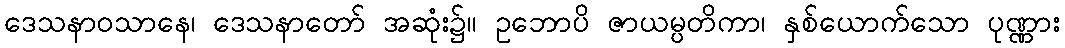
ဒေသနာဝသာနေ၊ ဒေသနာတော် အဆုံး၌။ ဥဘောပိ ဇာယမ္ပတိကာ၊ နှစ်ယောက်သော ပုဏ္ဏား